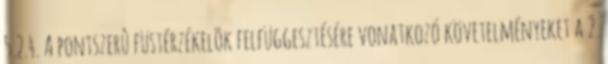
5.2.4. A pontszerû füstérzékelõk felfüggesztésére vonatkozó követelményeket a 2.